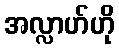
အလ္လာဟ်ဟို